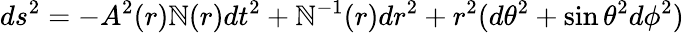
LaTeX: ds^{2}=-A^{2}(r)\mathbb{N}(r)dt^{2}+\mathbb{N}^{-1}(r)dr^{2}+r^{2}(d\theta^{2}+\sin\theta^{2}d\phi^{2})